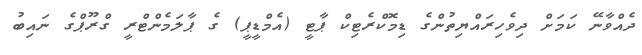
ދެއްވާނޭ ކަމަށް ދިވެހިރައްޔިތުންގެ ޑިމޮކްރެޓިކް ޕާޓީ (އެމްޑީޕީ) ގެ ޕާލަމެންޓްރީ ގްރޫޕްގެ ނައިބު